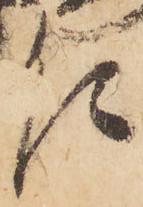
乍